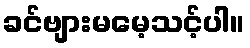
ခင်ဗျားမမေ့သင့်ပါ။